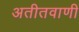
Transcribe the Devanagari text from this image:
अतीतवाणी